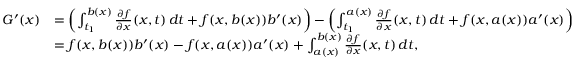
{ \begin{array} { r l } { G ^ { \prime } ( x ) } & { = \left( \int _ { t _ { 1 } } ^ { b ( x ) } { \frac { \partial f } { \partial x } } ( x , t ) \, d t + f ( x , b ( x ) ) b ^ { \prime } ( x ) \right) - \left( \int _ { t _ { 1 } } ^ { a ( x ) } { \frac { \partial f } { \partial x } } ( x , t ) \, d t + f ( x , a ( x ) ) a ^ { \prime } ( x ) \right) } \\ & { = f ( x , b ( x ) ) b ^ { \prime } ( x ) - f ( x , a ( x ) ) a ^ { \prime } ( x ) + \int _ { a ( x ) } ^ { b ( x ) } { \frac { \partial f } { \partial x } } ( x , t ) \, d t , } \end{array} }